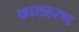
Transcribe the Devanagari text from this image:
कालहरण